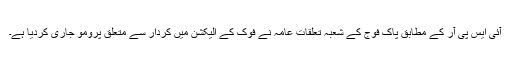
آئی ایس پی آر کے مطابق پاک فوج کے شعبہ تعلقات عامہ نے فوک کے الیکشن میں کردار سے متعلق پرومو جاری کردیا ہے۔